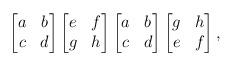
LaTeX: \begin{align*}\begin{bmatrix}a & b\\c & d\end{bmatrix} \begin{bmatrix}e & f\\g & h\end{bmatrix} \begin{bmatrix}a & b \\c & d\end{bmatrix}\begin{bmatrix}g & h \\e & f\end{bmatrix},\end{align*}